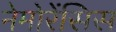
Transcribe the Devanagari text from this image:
नेमोरेंसिस